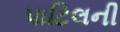
પાટિલની